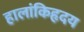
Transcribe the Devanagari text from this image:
हालांकिहृदय